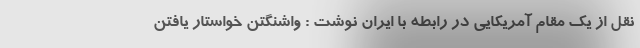
نقل از یک مقام آمریکایی در رابطه با ایران نوشت : واشنگتن خواستار یافتن